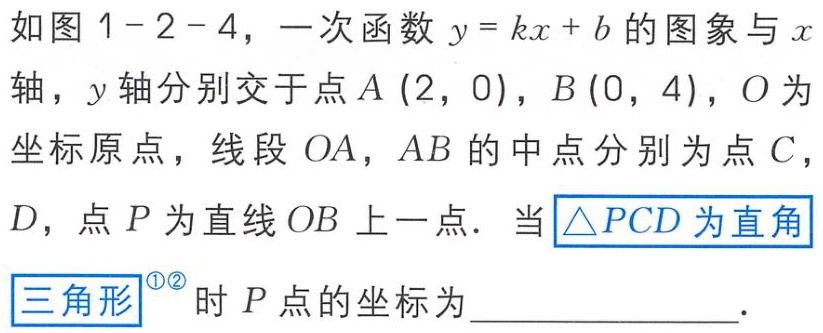
如图 1-2-4，一次函数\(y = kx + b\)的图象与\(x\)轴，\(y\)轴分别交于点\(A(2,0)\)，\(B(0,4)\)，\(O\)为坐标原点，线段\(OA\)，\(AB\)的中点分别为点\(C\)，\(D\)，点\(P\)为直线\(OB\)上一点．当\(\triangle PCD\)为直角三角形时\(P\)点的坐标为  ．